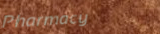
Pharmacy